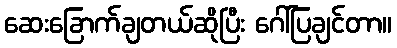
ဆေးခြောက်ချတယ်ဆိုပြီး ဂေါ်ပြချင်တာ။